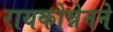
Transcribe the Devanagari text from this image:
रायकोन्नेनने